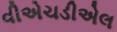
વીએચડીએલ